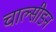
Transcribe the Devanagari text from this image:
चाल्सीडन